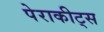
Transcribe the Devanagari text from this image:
पेराकीट्स